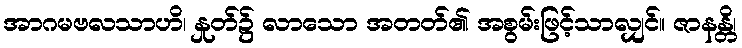
အာဂမဗလသာဟိ၊ နှုတ်၌ လာသော အတတ်၏ အစွမ်းဖြင့်သာလျှင်။ ဇာနန္တိ၊